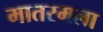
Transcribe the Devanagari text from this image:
मातरमला